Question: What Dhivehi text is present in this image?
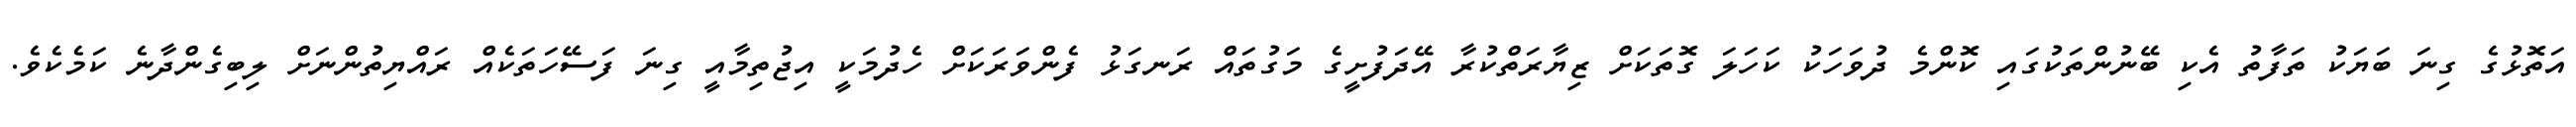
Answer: އަތޮޅުގެ ގިނަ ބަޔަކު ތަފާތު އެކި ބޭނުންތަކުގައި ކޮންމެ ދުވަހަކު ކަހަލަ ގޮތަކަށް ޒިޔާރަތްކުރާ އޭދަފުށީގެ މަގުތައް ރަނގަޅު ފެންވަރަކަށް ހެދުމަކީ އިޖުތިމާއީ ގިނަ ފަސޭހަތަކެއް ރައްޔިތުންނަށް ލިބިގެންދާނެ ކަމެކެވެ.